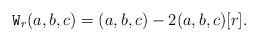
\begin{align*} \mathtt{W}_r(a,b,c) = (a,b,c) - 2(a,b,c)[r]. \end{align*}